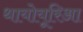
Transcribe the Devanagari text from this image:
थायोयूरिआ